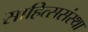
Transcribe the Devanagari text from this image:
साहित्ससंस्था